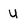
Character: U